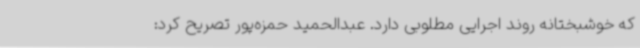
که خوشبختانه روند اجرایی مطلوبی دارد. عبدالحمید حمزه‌پور تصریح کرد: